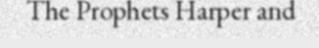
The Prophets Harper and